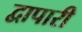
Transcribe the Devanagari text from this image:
द्वापारी